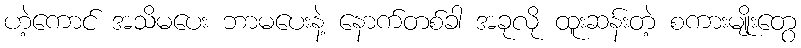
ဟဲ့ကောင် အသိမပေး ဘာမပေးနဲ့ နောက်တစ်ခါ အခုလို ထူးဆန်းတဲ့ စကားမျိုးတွေ